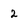
Character: 2